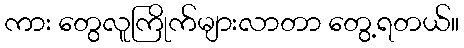
ကား တွေလူကြိုက်များလာတာ တွေ့ရတယ်။